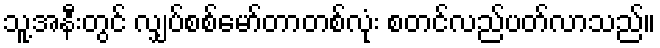
သူ့အနီးတွင် လျှပ်စစ်မော်တာတစ်လုံး စတင်လည်ပတ်လာသည်။